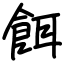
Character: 餌